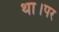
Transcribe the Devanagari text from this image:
था।पर